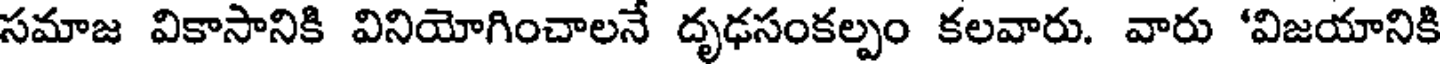
సమాజ వికాసానికి వినియోగించాలనే దృఢసంకల్పం కలవారు. వారు 'విజయానికి